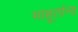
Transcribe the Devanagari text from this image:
माहूतांना